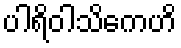
ပါရိဝါသိကေဟိ